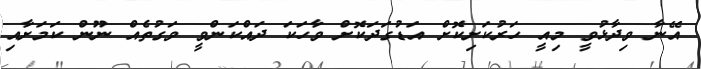
އޭނާ ވިދާޅުވީ މިއީ ހަރުކަށިކޮށް އަޑުގަދަކޮށް ވާހަކަ ދައްކަންވީ ވަގުތެއް ނޫން ކަމަށާއި